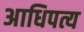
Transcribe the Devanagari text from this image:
अाधिपत्य